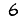
Digit: 6